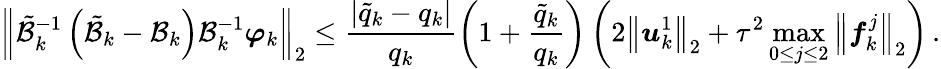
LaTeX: {\left\| \tilde{\mathcal{B}}_{k}^{-1}\left(\tilde{\mathcal{B}}_{k}-\mathcal{B}_{k}\right)\mathcal{B}_{k}^{-1}{\boldsymbol{\varphi}}_{k}\right\| }_{2}\leq\frac{\left|{\tilde{q}}_{k}-{q}_{k}\right|}{{q}_{k}}\left(1+\frac{{\tilde{q}}_{k}}{{q}_{k}}\right)\left(2{\left\| {\boldsymbol{u}}_{k}^{1}\right\| }_{2}+{\tau}^{2}\operatorname*{max}_{0\leq j\leq 2}{{\left\| {\boldsymbol{f}}_{k}^{j}\right\| }_{2}}\right)\, .